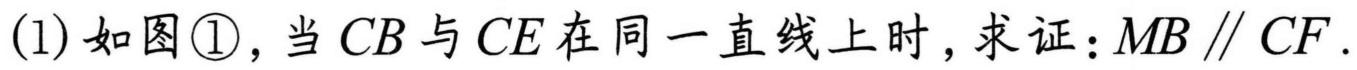
(1) 如图\textcircled{1}，当\(CB\)与\(CE\)在同一直线上时，求证：\(MB\parallel CF\).